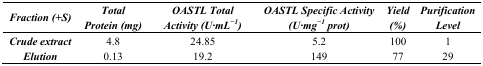
| Fraction (+S) | Total Protein (mg) | OASTL Total Activity (U·mL−1) | OASTL Specific Activity (U·mg−1 prot) | Yield (%) | Purification Level |
 | --- | --- | --- | --- | --- | --- |
 | Crude extract | 4.8 | 24.85 | 5.2 | 100 | 1 |
 | Elution | 0.13 | 19.2 | 149 | 77 | 29 |